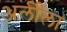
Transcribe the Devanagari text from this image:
अर्लीला